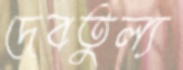
দেবতুল্য